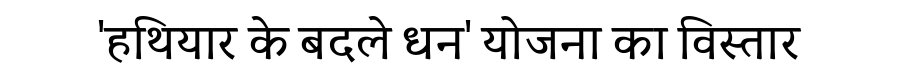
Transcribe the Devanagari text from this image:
'हथियार के बदले धन' योजना का विस्तार